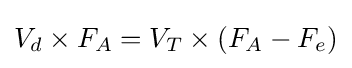
V_{d}\times F_{A}=V_{T}\times (F_{A}-F_{e})